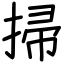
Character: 掃